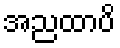
အညထာပိ